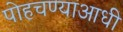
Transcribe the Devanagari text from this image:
पोहचण्याआधी